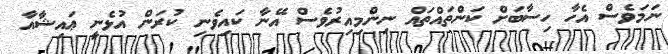
ނަމަވެސް އެހާ ހިސާބަށް ކަންތައްތައް ނިންމިއިރުވެސް އޭނާ ކައިވެނި ކުރަން އުޅެނީ ޢައިޝާއާ